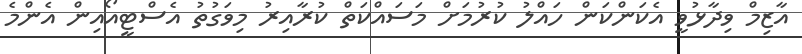
އާޒިމް ވިދާޅުވީ އެކަންކަން ހައްލު ކުރުމަށް މަސައްކަތް ކުރާއިރު މިވަގުތު އެސްޓީއޯއިން އެންމެ